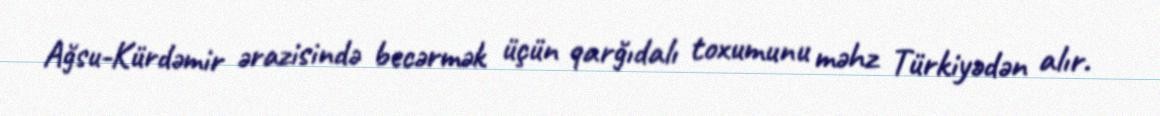
Ağsu-Kürdəmir ərazisində becərmək üçün qarğıdalı toxumunu məhz Türkiyədən alır.